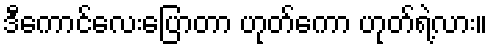
ဒီကောင်လေးပြောတာ ဟုတ်ကော ဟုတ်ရဲ့လား။